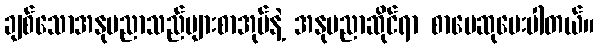
ချစ်သောအနုပညာသည်များစာအုပ်နဲ့ အနုပညာဆိုင်ရာ စာပေဆုပေးပါတယ်။